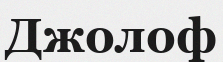
Джолоф